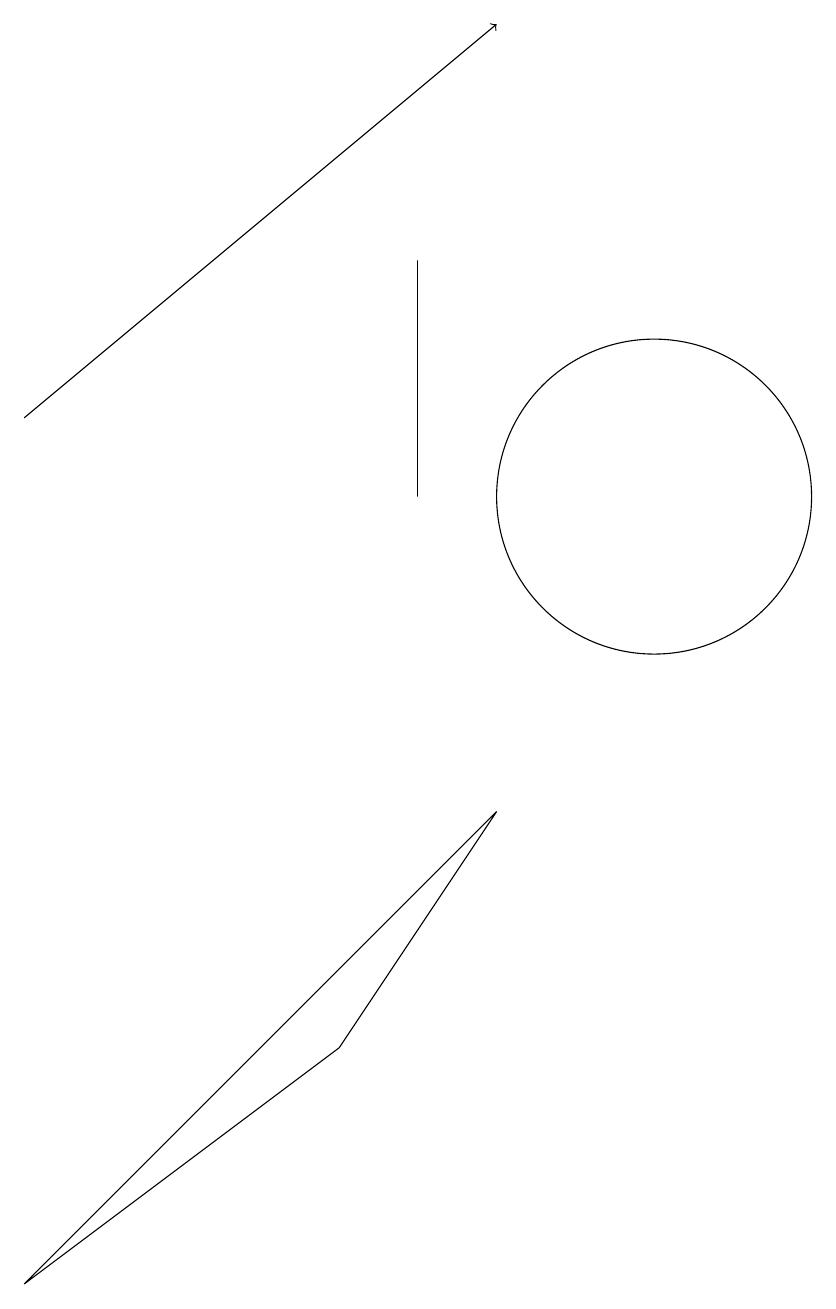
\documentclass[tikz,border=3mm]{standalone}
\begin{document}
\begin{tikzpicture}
\draw (7,15) rectangle (7,12);
\draw (6,5) -- (2,2) -- (8,8) -- cycle;
\draw (10,12) circle (2);
\draw[->] (2,13) -- (8,18);
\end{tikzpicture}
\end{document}